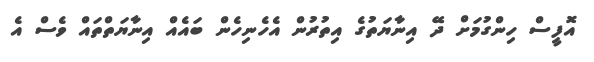
އޮފީސް ހިންގުމަށް ދޭ އިނާޔަތުގެ އިތުރުން އެހެނިހެން ބައެއް އިނާޔަތްތައް ވެސް އެ